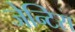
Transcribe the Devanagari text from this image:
जेन्टिस